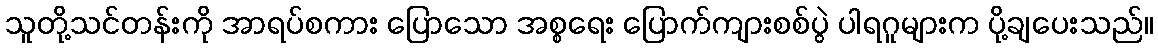
သူတို့သင်တန်းကို အာရပ်စကား ပြောသော အစ္စရေး ပြောက်ကျားစစ်ပွဲ ပါရဂူများက ပို့ချပေးသည်။